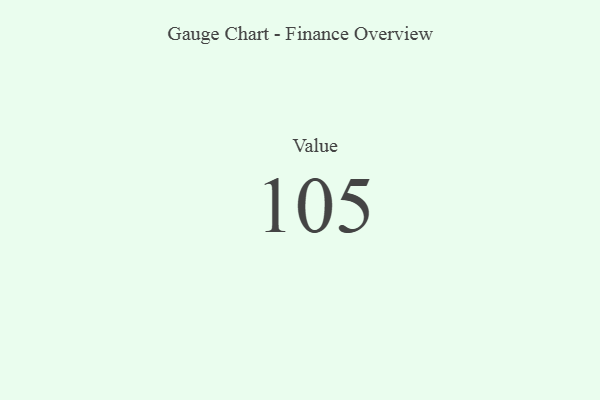
{"axis": {"x": "Metric", "y": "Value"}, "legend": [""], "data": [{"x": "Value", "y": 105, "type": ""}]}